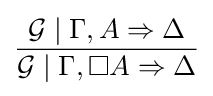
{\frac {{\mathcal {G}}\mid \Gamma ,A\Rightarrow \Delta }{{\mathcal {G}}\mid \Gamma ,\Box A\Rightarrow \Delta }}